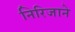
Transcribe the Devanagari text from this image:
निरिजाने